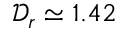
\mathcal { D } _ { r } \simeq 1 . 4 2